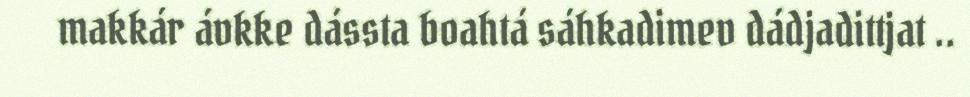
makkár ávkke dássta boahtá sáhkadimev dádjadittjat ..